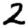
Digit: 2